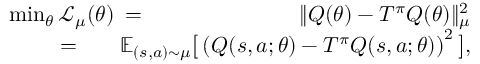
\begin{array} { r l r } { \operatorname* { m i n } _ { \theta } \mathcal { L } _ { \mu } ( \theta ) \! \! \! } & { = } & { \! \! \! \| Q ( \theta ) - T ^ { \pi } Q ( \theta ) \| _ { \mu } ^ { 2 } } \\ & { \! \! \! \! \! \! \! \! \! \! \! \! \! \! \! \! \! \! = } & { \! \! \! \! \! \! \! \! \! \! \! \! \mathbb { E } _ { ( s , a ) \sim \mu } \big [ \left( Q ( s , a ; \theta ) - T ^ { \pi } Q ( s , a ; \theta ) \right) ^ { 2 } \big ] , } \end{array}